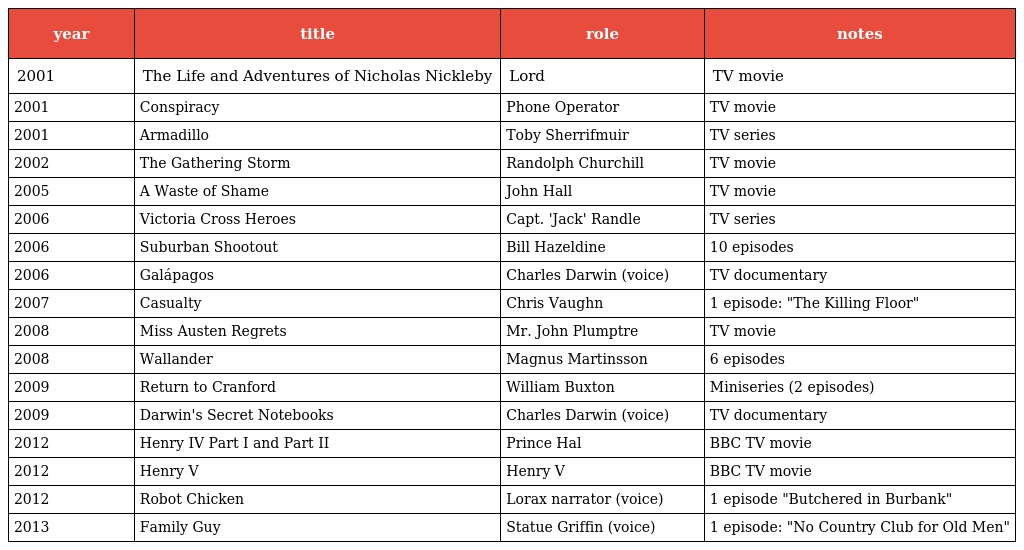
| year | title | role | notes |
 | --- | --- | --- | --- |
 | 2001 | The Life and Adventures of Nicholas Nickleby | Lord | TV movie |
 | 2001 | Conspiracy | Phone Operator | TV movie |
 | 2001 | Armadillo | Toby Sherrifmuir | TV series |
 | 2002 | The Gathering Storm | Randolph Churchill | TV movie |
 | 2005 | A Waste of Shame | John Hall | TV movie |
 | 2006 | Victoria Cross Heroes | Capt. 'Jack' Randle | TV series |
 | 2006 | Suburban Shootout | Bill Hazeldine | 10 episodes |
 | 2006 | Galápagos | Charles Darwin (voice) | TV documentary |
 | 2007 | Casualty | Chris Vaughn | 1 episode: "The Killing Floor" |
 | 2008 | Miss Austen Regrets | Mr. John Plumptre | TV movie |
 | 2008 | Wallander | Magnus Martinsson | 6 episodes |
 | 2009 | Return to Cranford | William Buxton | Miniseries (2 episodes) |
 | 2009 | Darwin's Secret Notebooks | Charles Darwin (voice) | TV documentary |
 | 2012 | Henry IV Part I and Part II | Prince Hal | BBC TV movie |
 | 2012 | Henry V | Henry V | BBC TV movie |
 | 2012 | Robot Chicken | Lorax narrator (voice) | 1 episode "Butchered in Burbank" |
 | 2013 | Family Guy | Statue Griffin (voice) | 1 episode: "No Country Club for Old Men" |